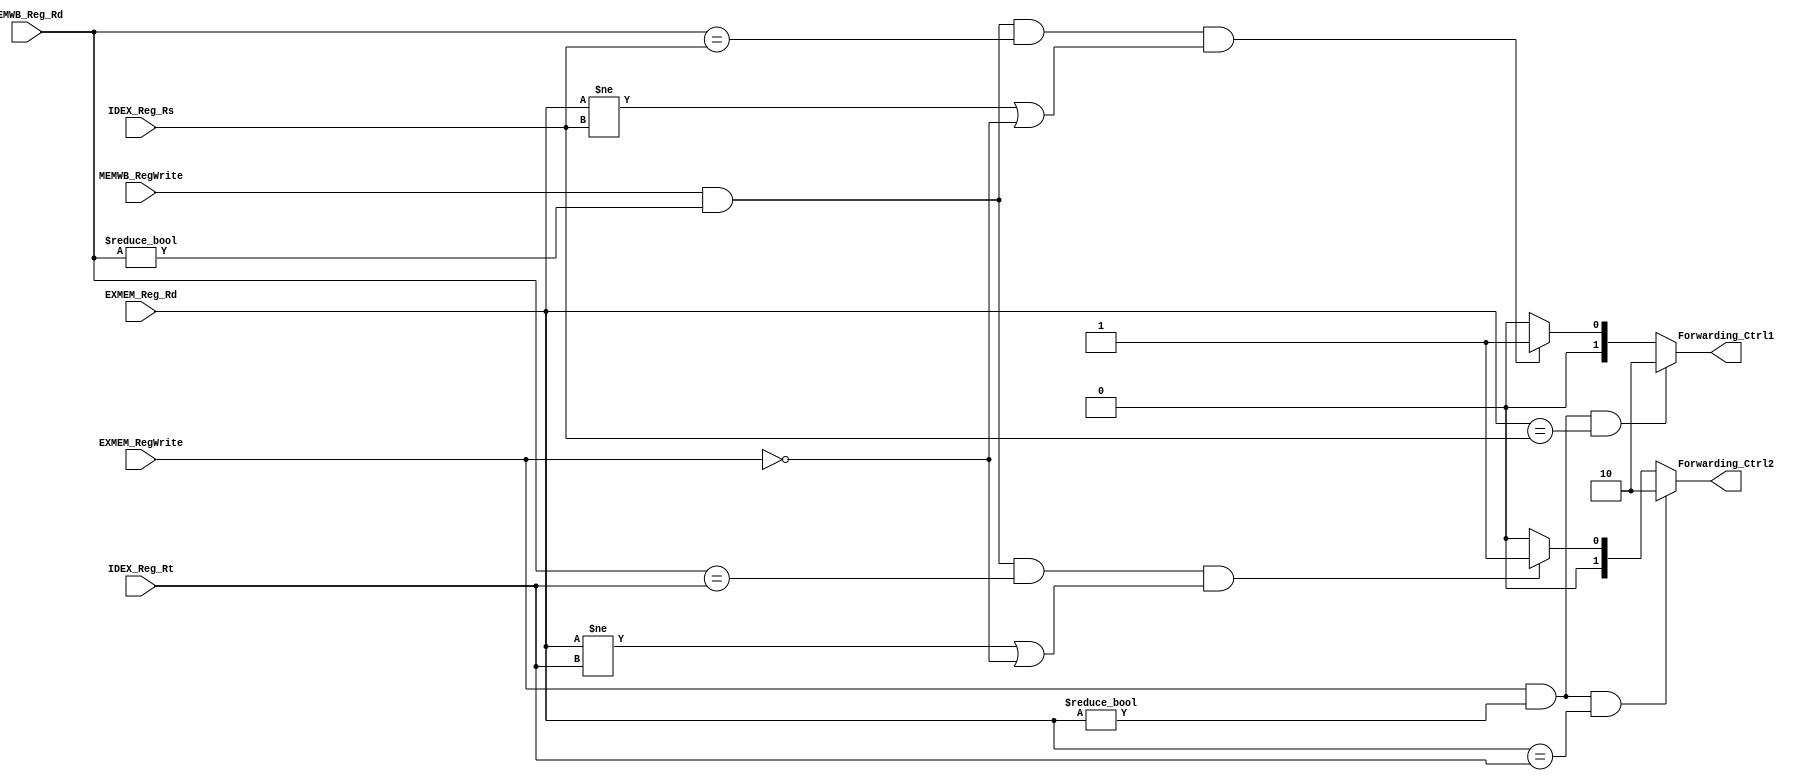
`timescale 1ns / 1ps
module Forwarding(IDEX_Reg_Rs,IDEX_Reg_Rt,
                EXMEM_Reg_Rd,EXMEM_RegWrite,
                MEMWB_Reg_Rd,MEMWB_RegWrite,
                Forwarding_Ctrl1,Forwarding_Ctrl2);
    input [4:0] IDEX_Reg_Rs;
    input [4:0] IDEX_Reg_Rt;
    input [4:0] EXMEM_Reg_Rd;
    input EXMEM_RegWrite;
    input [4:0] MEMWB_Reg_Rd;
    input MEMWB_RegWrite;
    output [1:0] Forwarding_Ctrl1;
    output [1:0] Forwarding_Ctrl2;

    assign Forwarding_Ctrl1 = (EXMEM_RegWrite && (EXMEM_Reg_Rd != 0) && (EXMEM_Reg_Rd == IDEX_Reg_Rs))? 2'b10:
                              (MEMWB_RegWrite && (MEMWB_Reg_Rd != 0) && (MEMWB_Reg_Rd == IDEX_Reg_Rs) && ((EXMEM_Reg_Rd != IDEX_Reg_Rs)||(!EXMEM_RegWrite)))? 2'b01: 2'b00;
    assign Forwarding_Ctrl2 = (EXMEM_RegWrite && (EXMEM_Reg_Rd != 0) && (EXMEM_Reg_Rd == IDEX_Reg_Rt))? 2'b10:
                              (MEMWB_RegWrite && (MEMWB_Reg_Rd != 0) && (MEMWB_Reg_Rd == IDEX_Reg_Rt) && ((EXMEM_Reg_Rd != IDEX_Reg_Rt)||(!EXMEM_RegWrite)))? 2'b01: 2'b00;

endmodule